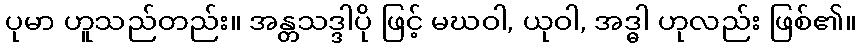
ပုမာ ဟူသည်တည်း။ အန္တသဒ္ဒါပို ဖြင့် မဃဝါ, ယုဝါ, အဒ္ဓါ ဟုလည်း ဖြစ်၏။